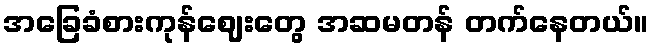
အခြေခံစားကုန်ဈေးတွေ အဆမတန် တက်နေတယ်။